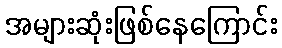
အများဆုံးဖြစ်နေကြောင်း